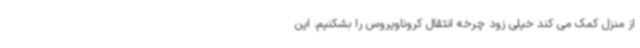
از منزل کمک می کند خیلی زود چرخه انتقال کروناویروس را بشکنیم. این